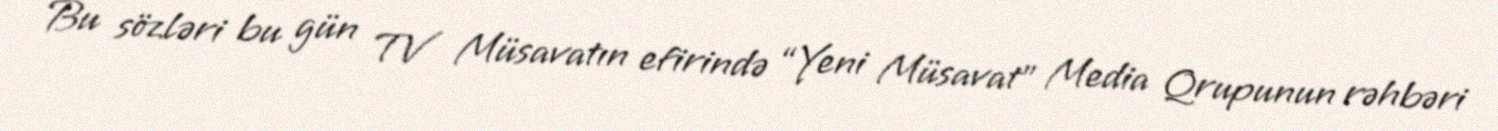
Bu sözləri bu gün TV Müsavatın efirində “Yeni Müsavat” Media Qrupunun rəhbəri